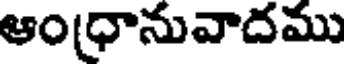
ఆం(ధానువాదము